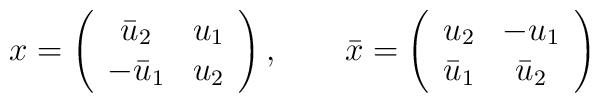
x=\left(\begin{array}{cc}\bar{u}_{2}  & u_{1} \\-\bar{u}_{1}  & u_{2}\end{array}\right),~~~~~~\bar{x} = \left(\begin{array}{cc}u_{2}  & -u_{1} \\\bar{u}_{1}  & \bar{u}_{2}\end{array}\right)